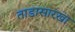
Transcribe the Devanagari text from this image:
ताडासारखा